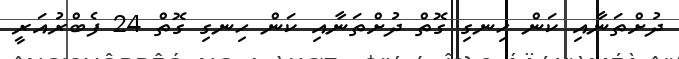
ދުށްތަނާއި ކަން ހިނގި ގޮތް ދުށްތަނާއި ކަން ހިނގި ގޮތް 24 ފެބްރުއަރީ